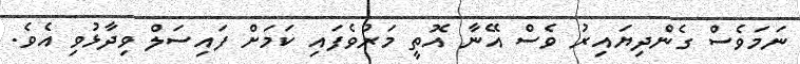
ނަމަވެސް ގެންދިޔައިރު ވެސް އޭނާ އޮތީ މަރުވެފައި ކަމަށް ފައިސަލް ވިދާޅުވި އެވެ.